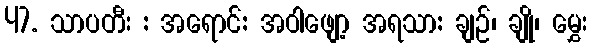
47. သာပတီး : အရောင်: အဝါဖျော့ အရသာ: ချဉ်၊ ချို၊ မွှေး